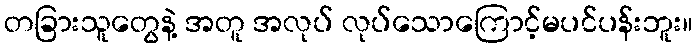
တခြားသူတွေနဲ့ အတူ အလုပ် လုပ်သောကြောင့်မပင်ပန်းဘူး။